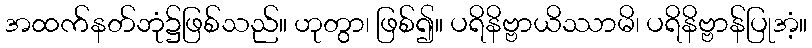
အထက်နတ်ဘုံ၌ဖြစ်သည်။ ဟုတွာ၊ ဖြစ်၍။ ပရိနိဗ္ဗာယိဿာမိ၊ ပရိနိဗ္ဗာန်ပြုအံ့။